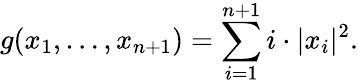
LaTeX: g(x_{1},\ldots,x_{n+1})=\sum_{i=1}^{n+1}i\cdot|x_{i}|^{2}.